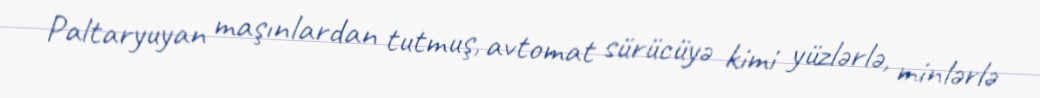
Paltaryuyan maşınlardan tutmuş, avtomat sürücüyə kimi yüzlərlə, minlərlə